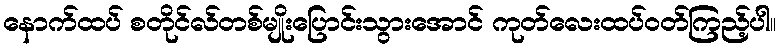
နောက်ထပ် စတိုင်လ်တစ်မျိုးပြောင်းသွားအောင် ကုတ်လေးထပ်ဝတ်ကြည့်ပါ။